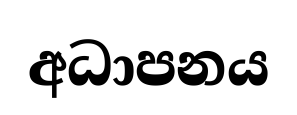
අධාපනය